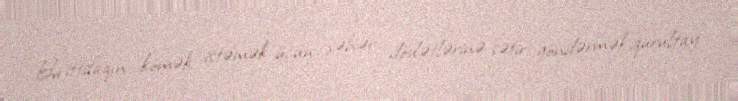
Bu ittifaqın kömək istəmək üçün şəhər dövlətlərinə səfir göndərmək,qurultay